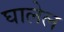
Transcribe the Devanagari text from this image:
घालेल